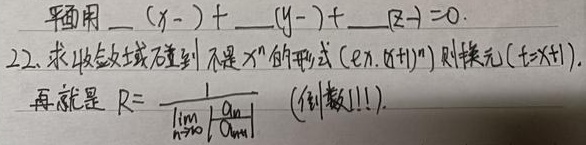
平面用
\[
\_\_(x - \_) + \_\_(y - \_) + \_\_(z - \_)=0
\]
22. 求收敛域碰到不是 \(x^n\) 的形式（e.g. \((x + 1)^n\)）则换元（\(t=x + 1\)）。再就是 \(R = \frac{1}{\lim\limits_{n \to \infty}|\frac{a_{n+1}}{a_{n}}|}\) (倒数!!!)。